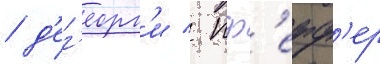
/ д'ег'еорг'и / пф'ефф'ер